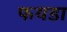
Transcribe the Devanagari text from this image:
फयडा